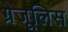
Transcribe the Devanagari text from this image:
ग्रेजूलिस